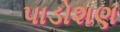
પાડોશણ